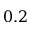
0 . 2